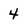
Character: 4